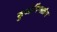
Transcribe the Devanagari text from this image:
कुओमिंगतांग